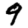
Digit: 9